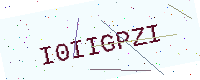
Text: I0IIGPZI